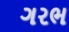
ગરભ